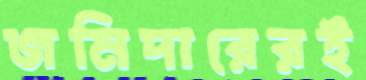
জমিদারেরই